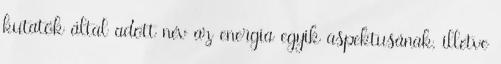
kutatók által adott név az energia egyik aspektusának, illetve